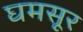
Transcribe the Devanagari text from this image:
घमसूर